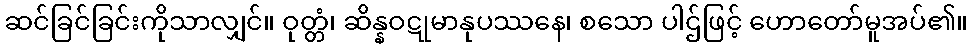
ဆင်ခြင်ခြင်းကိုသာလျှင်။ ဝုတ္တံ၊ ဆိန္နဝဋုမာနုပဿနေ၊ စသော ပါဌ်ဖြင့် ဟောတော်မူအပ်၏။